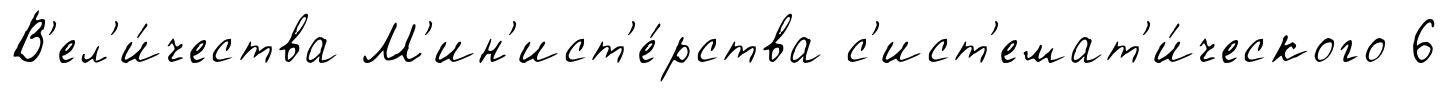
В'ел'и́чества М'ин'ист'е́рства с'ист'емат'и́ческого 6